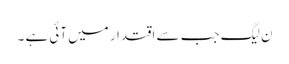
ن لیگ جب سے اقتدار میں آئی ہے ۔